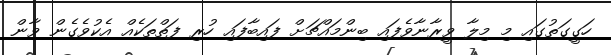
ހަގީގަތުގައި މި މިލާ ވީރާނާވެފައި ބިންމައްޗަށް ފައިބާފައި ހުރި ފަތްތަކެއް އެކުވެގެން ވާން